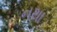
નથા